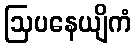
ဩပနေယျိကံ